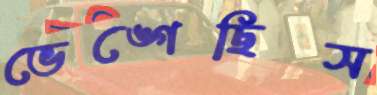
ভেঙ্গেছিস